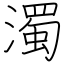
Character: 濁